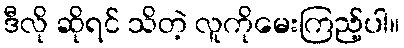
ဒီလို ဆိုရင် သိတဲ့ လူကိုမေးကြည့်ပါ။